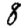
Digit: 8